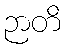
ဉာတိ